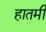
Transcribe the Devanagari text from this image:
हातमी